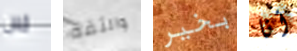
لان والثقة بخير أنا